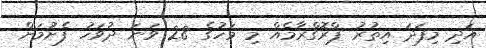
އަދި މިފަދަ އިތުރު ޕްރޮގްރާމެއް މި މަހުގެ 28 ވަނަ ދުވަހު ފެށުމަށް